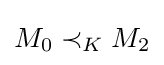
M_{0}\prec _{K}M_{2}